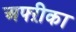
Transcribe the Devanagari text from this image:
अफ्ऱीका